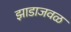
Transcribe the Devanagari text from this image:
झाडाजवळ